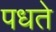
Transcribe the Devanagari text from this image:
पधते